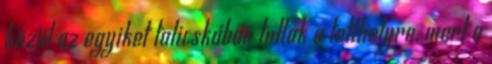
közül az egyiket talicskában toltak a tetthelyre, mert a